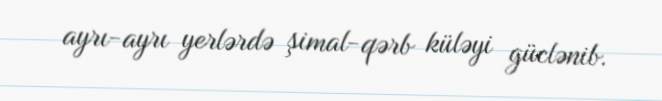
ayrı-ayrı yerlərdə şimal-qərb küləyi güclənib.